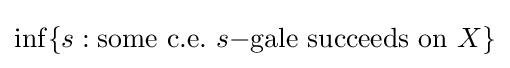
\inf\{s:\mathrm {some\ c.e.} \ s\mathrm {-gale\ succeeds\ on\ } X\}